Leaving Certificate Examination (including Day School Certificate (Higher) General paper), 1939
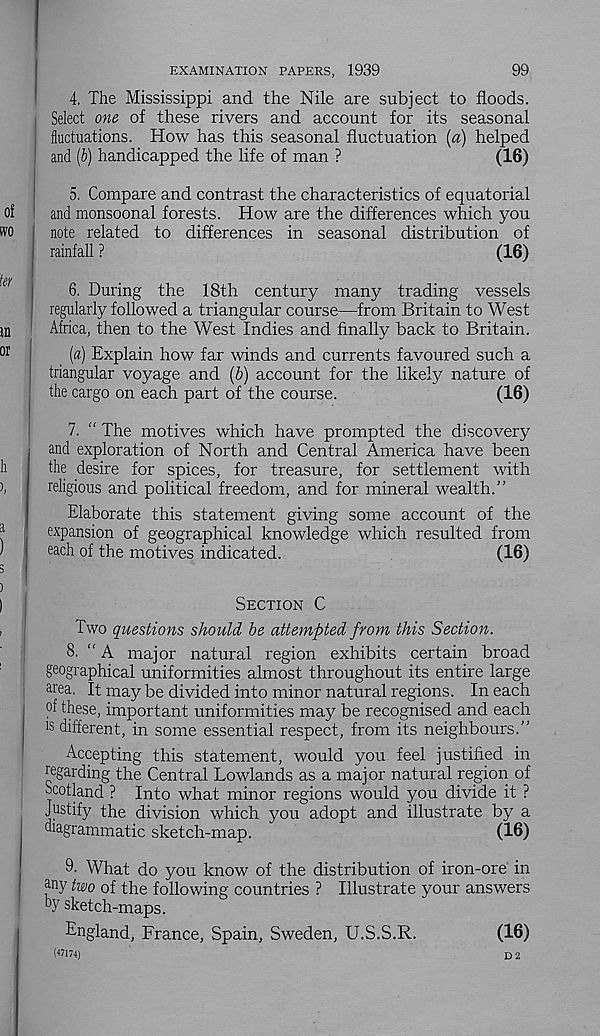
99
EXAMINATION PAPERS, 1939
4. The Mississippi and the Nile are subject to floods.
Select one of these rivers and account for its seasonal
fluctuations. How has this seasonal fluctuation (a) helped
and (b) handicapped the life of man ?
(16)
5. Compare and contrast the characteristics of equatorial
and monsoonal forests. How are the differences which you
note related to differences in seasonal distribution of
rainfall ?
(16)
6. During the 18th century many trading vessels
regularly followed a triangular course—from Britain to West
Africa, then to the West Indies and finally back to Britain.
(a) Explain how far winds and currents favoured such a
triangular voyage and (b) account for the likely nature of
the cargo on each part of the course.
(16)
7. “ The motives which have prompted the discovery
and exploration of North and Central America have been
the desire for spices, for treasure, for settlement with
religious and political freedom, and for mineral wealth.”
Elaborate this statement giving some account of the
expansion of geographical knowledge which resulted from
each of the motives indicated.
(16)
Section C
Two questions should be attempted from this Section.
8. “ A major natural region exhibits certain broad
geographical uniformities almost throughout its entire large
ar ea. It may be divided into minor natural regions. In each
of these, important uniformities may be recognised and each
is different, in some essential respect, from its neighbours.”
Accepting this statement, would you feel justified in
Regarding the Central Lowlands as a major natural region of
Scotland ? Into what minor regions would you divide it ?
Justify the division which you adopt and illustrate by a
diagrammatic sketch-map.
(~16)
9- What do you know of the distribution of iron-ore in
any two of the following countries ? Illustrate your answers
oy sketch-maps.
England, France, Spain, Sweden, U.S.S.R.
(16)
(47174)
D 2